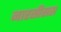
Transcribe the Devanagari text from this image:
नारसीसस